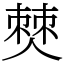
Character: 僰